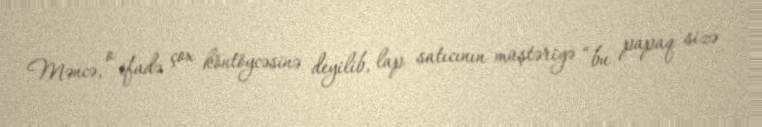
Məncə, o ifadə çox köntöycəsinə deyilib, lap satıcının müştəriyə “bu papaq sizə